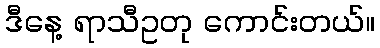
ဒီနေ့ ရာသီဥတု ကောင်းတယ်။